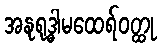
အနုရုဒ္ဓါမထေရ်ဝတ္ထု